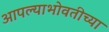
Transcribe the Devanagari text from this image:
आपल्याभोवतीच्या